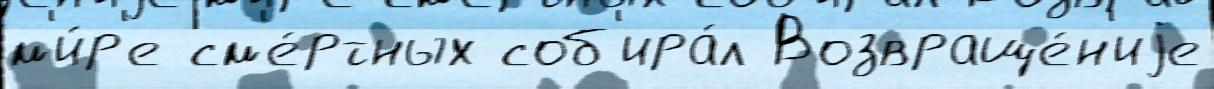
м'и́р'е см'е́ртных соб'ира́л Возвраще́н'иjе